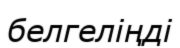
белгеліңді